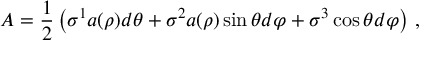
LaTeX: A = \frac { 1 } { 2 } \left( \sigma ^ { 1 } a ( \rho ) d \theta + \sigma ^ { 2 } a ( \rho ) \sin \theta d \varphi + \sigma ^ { 3 } \cos \theta d \varphi \right) \, ,